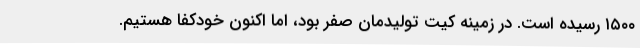
۱۵۰۰ رسیده است. در زمینه کیت تولیدمان صفر بود، اما اکنون خودکفا هستیم.